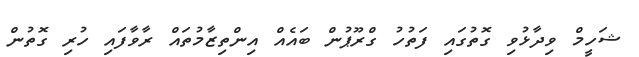
ޝަހީމް ވިދާޅުވި ގޮތުގައި ފަތުހު ގްރޫޕުން ބައެއް އިންތިޒާމުތައް ރާވާފައި ހުރި ގޮތުން